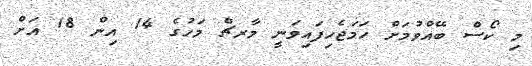
މި ކޯސް ބޭއްވުމަށް ހަމަޖެހިފައިވަނީ މާރޗް މަހުގެ 14 އިން 18 އަށް